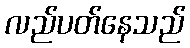
လည်ပတ်နေသည်